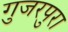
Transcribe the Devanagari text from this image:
गुजरपुरा